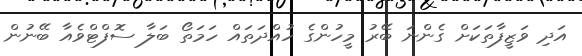
އަދި ވަޒީފާތަކަށް ގެންނަ ބޭރު މީހުންގެ ހުއްދަތައް ހަމަތޯ ބަލާ ސޮފްޓްވެއާ ބޭނުން